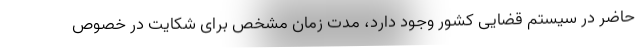
حاضر در سیستم قضایی کشور وجود دارد، مدت زمان مشخص برای شکایت در خصوص